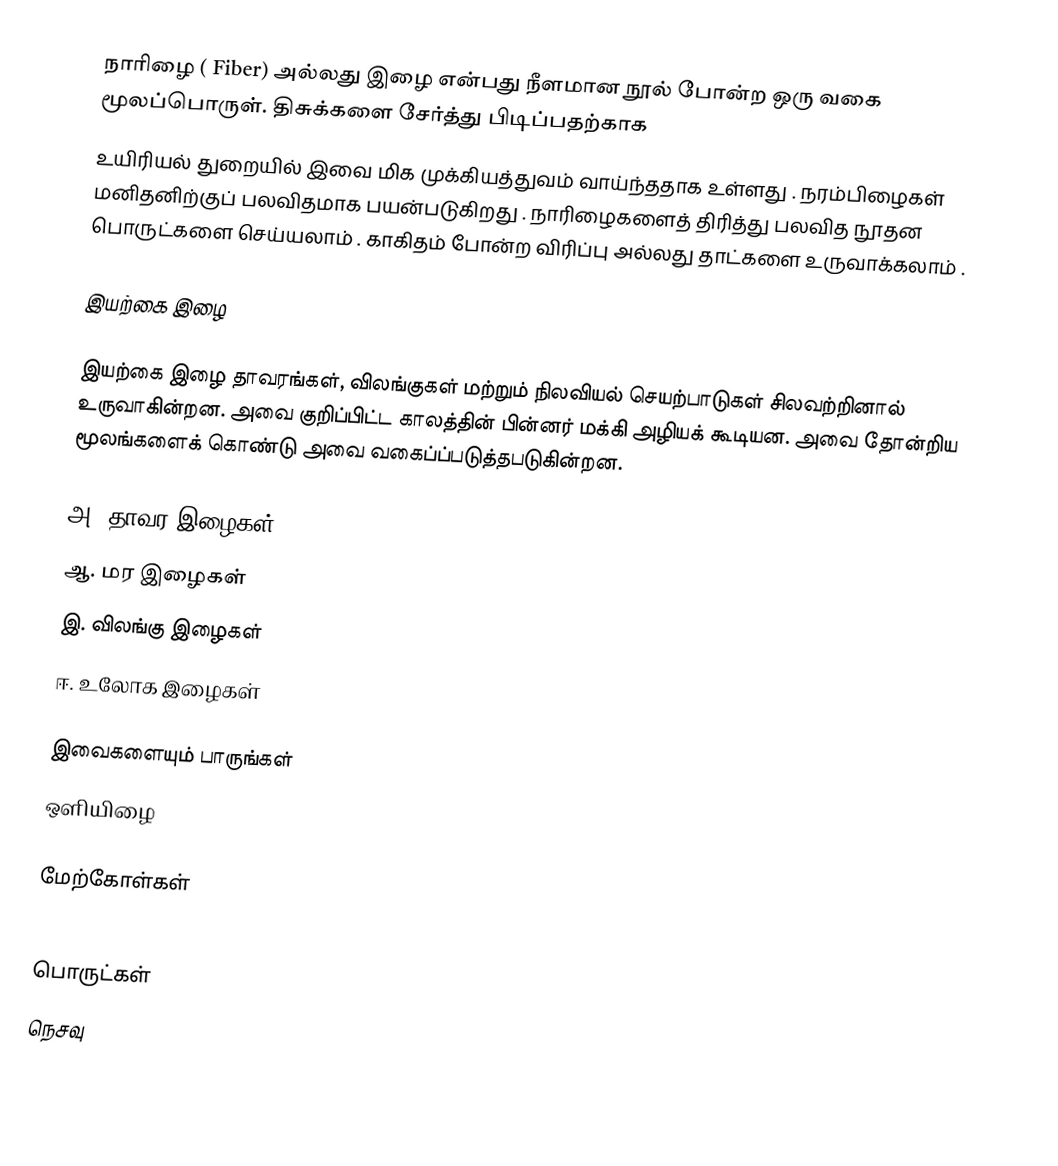
நாரிழை ( Fiber) அல்லது இழை என்பது நீளமான நூல் போன்ற ஒரு வகை மூலப்பொருள். திசுக்களை சேர்த்து பிடிப்பதற்காக
உயிரியல் துறையில் இவை மிக முக்கியத்துவம் வாய்ந்ததாக உள்ளது . நரம்பிழைகள் மனிதனிற்குப் பலவிதமாக பயன்படுகிறது . நாரிழைகளைத் திரித்து பலவித நூதன பொருட்களை செய்யலாம் . காகிதம் போன்ற விரிப்பு அல்லது தாட்களை உருவாக்கலாம் .

இயற்கை இழை

இயற்கை இழை தாவரங்கள், விலங்குகள் மற்றும் நிலவியல் செயற்பாடுகள் சிலவற்றினால் உருவாகின்றன. அவை குறிப்பிட்ட காலத்தின் பின்னர் மக்கி அழியக் கூடியன. அவை தோன்றிய மூலங்களைக் கொண்டு அவை வகைப்ப்படுத்தபடுகின்றன.

அ. தாவர இழைகள்
ஆ. மர இழைகள்
இ. விலங்கு இழைகள்
ஈ. உலோக இழைகள்

இவைகளையும் பாருங்கள்
 ஒளியிழை

மேற்கோள்கள்

பொருட்கள்
நெசவு